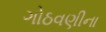
ગોઠવણીના